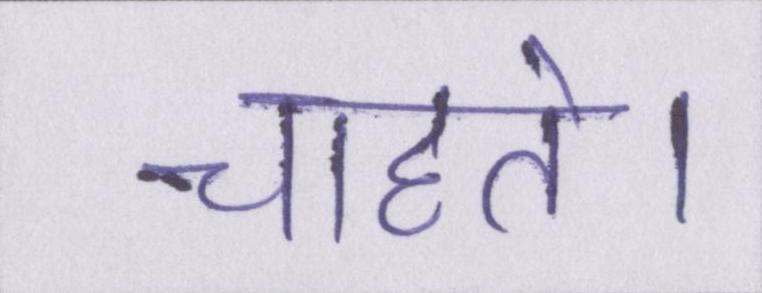
चाहते।